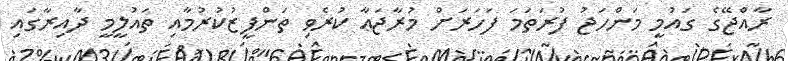
ރާއްޖޭގެ ގައުމީ މަންހަޖު ފުރަތަމަ ފަހަރަށް މުރާޖަޢާ ކުރެވި ތަންފީޒުކުރުމާއި ތައުލީމީ ދާއިރާގައި